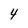
Character: 4